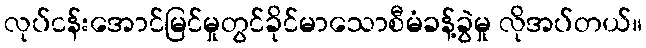
လုပ်ငန်းအောင်မြင်မှုတွင်ခိုင်မာသောစီမံခန့်ခွဲမှု လိုအပ်တယ်။